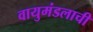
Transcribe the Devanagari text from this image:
वायुमंडलाची